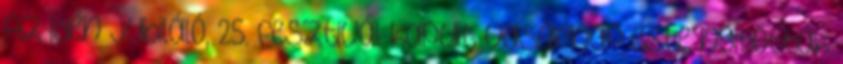
Az idén jubiláló, 25. fesztivál kapuit vasárnap este nyitották